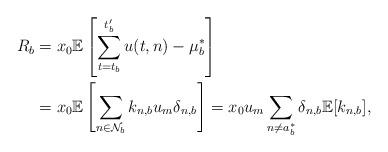
LaTeX: \begin{align*} R_{b}&=x_0 \mathbb{E}\left[\sum_{t=t_b}^{t'_b}u(t,n)-\mu_b^*\right] \\&=x_0 \mathbb{E}\left[\sum_{n\in \mathcal{N}_b} k_{n,b}u_m\delta_{n,b} \right]=x_0u_m\sum_{n\neq a_b^*} \delta_{n,b} \mathbb{E}[k_{n,b}],\end{align*}